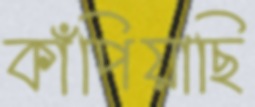
কাঁপিয়াছি